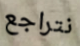
نتراجع